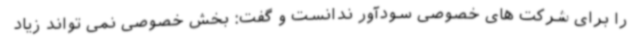
را برای شرکت های خصوصی سودآور ندانست و گفت: بخش خصوصی نمی تواند زیاد